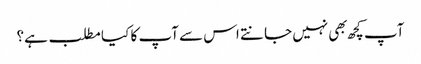
آپ کچھ بهی نہیں جانتے اس سے آپ کا کیا مطلب ہے؟